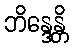
ဘိန္ဒေန္တိ